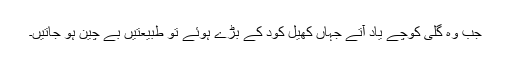
جب وہ گلی کوچے یاد آتے جہاں کھیل کود کے بڑے ہوئے تو طبیعتیں بے چین ہو جاتیں۔